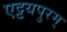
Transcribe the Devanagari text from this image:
एट्टयपुरम्